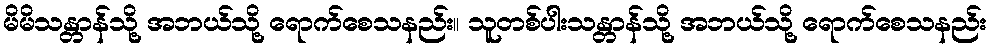
မိမိသန္တာန်သို့ အဘယ်သို့ ရောက်စေသနည်း။ သူတစ်ပါးသန္တာန်သို့ အဘယ်သို့ ရောက်စေသနည်း